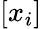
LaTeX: [x_{i}]